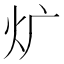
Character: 𤆓